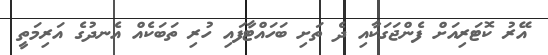
އޭރު ކޮޓަރިއަށް ފެންޖަގަކާއި ދެ ތަށި ބަހައްޓާފައި ހުރި ތަބަކެއް އެނދުގެ އަރިމަތީ